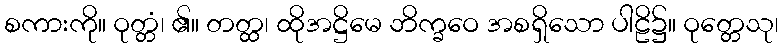
စကားကို။ ဝုတ္တံ၊ ၏။ တတ္ထ၊ ထိုအဋ္ဌိမေ ဘိက္ခဝေ အစရှိသော ပါဠိ၌။ ဝုတ္တေသု၊